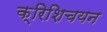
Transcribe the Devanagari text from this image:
क्रिशिचयन